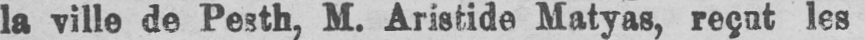
la ville de Pesth, M. Aristide Matyas, reçut les